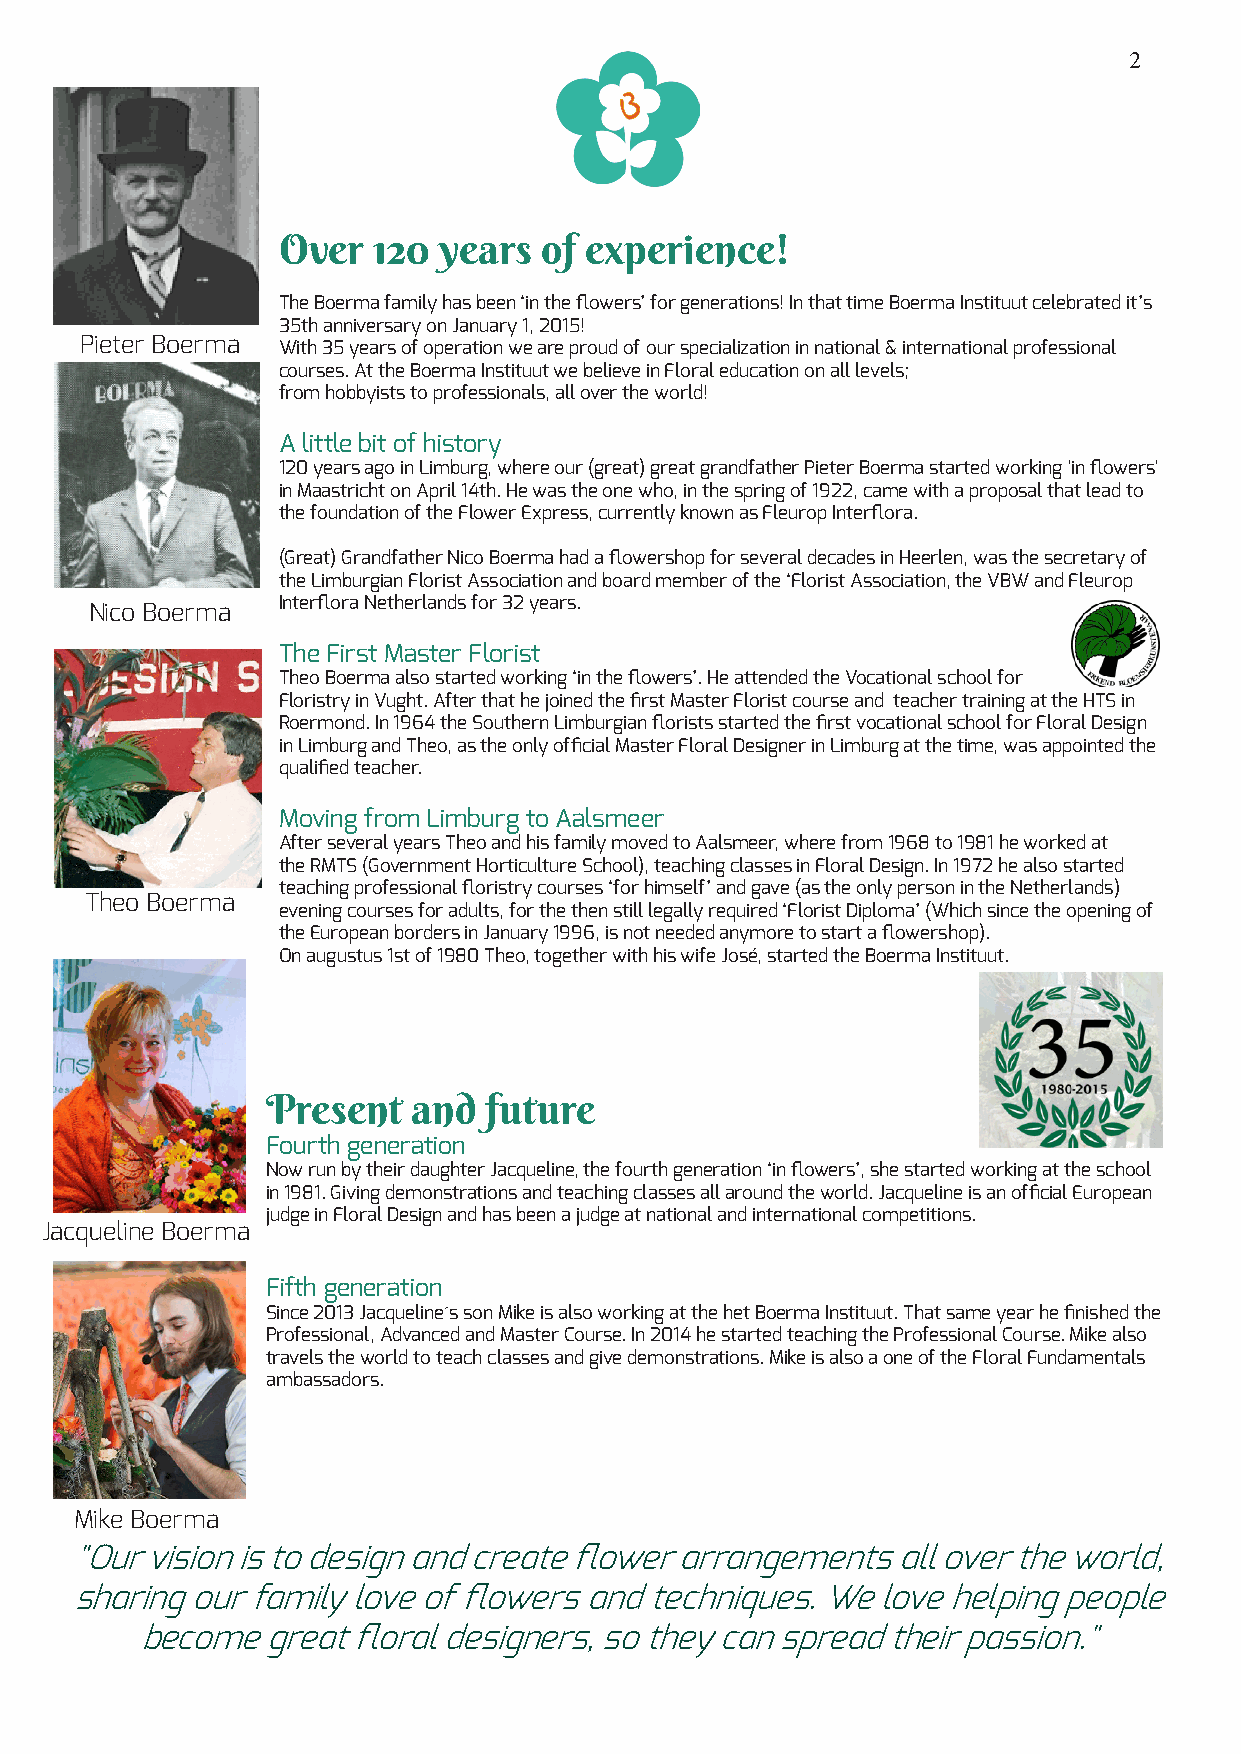
2
 Over   120 years  of experience!
 The Boerma family has been ‘in the flowers’ for generations! In that time Boerma Instituut celebrated it’s
 35th anniversary on January 1, 2015!
 Pieter Boerma With 35 years of operation we are proud of our specialization in national & international professional
 courses. At the Boerma Instituut we believe in Floral education on all levels;
 from hobbyists to professionals, all over the world!
 A little bit of history
 120 years ago in Limburg, where our (great) great grandfather Pieter Boerma started working 'in flowers'
 in Maastricht on April 14th. He was the one who, in the spring of 1922, came with a proposal that lead to
 the foundation of the Flower Express, currently known as Fleurop Interflora.
 (Great) Grandfather Nico Boerma had a flowershop for several decades in Heerlen, was the secretary of
 the Limburgian Florist Association and board member of the ‘Florist Association, the VBW and Fleurop
 Interflora Netherlands for 32 years.
 Nico Boerma
 The First Master Florist
 Theo Boerma also started working ‘in the flowers’. He attended the Vocational school for
 Floristry in Vught. After that he joined the first Master Florist course and teacher training at the HTS in
 Roermond. In 1964 the Southern Limburgian florists started the first vocational school for Floral Design
 in Limburg and Theo, as the only official Master Floral Designer in Limburg at the time, was appointed the
 qualified teacher.
 Moving from Limburg to Aalsmeer
 After several years Theo and his family moved to Aalsmeer, where from 1968 to 1981 he worked at
 the RMTS (Government Horticulture School), teaching classes in Floral Design. In 1972 he also started
 teaching professional floristry courses ‘for himself’ and gave (as the only person in the Netherlands)
 Theo Boerma
 evening courses for adults, for the then still legally required ‘Florist Diploma’ (Which since the opening of
 the European borders in January 1996, is not needed anymore to start a flowershop).
 On augustus 1st of 1980 Theo, together with his wife José, started the Boerma Instituut.
 Present  and  future
 Fourth generation
 Now run by their daughter Jacqueline, the fourth generation ‘in flowers’, she started working at the school
 in 1981. Giving demonstrations and teaching classes all around the world. Jacqueline is an official European
 judge in Floral Design and has been a judge at national and international competitions.
 Jacqueline Boerma
 Fifth generation
 Since 2013 Jacqueline´s son Mike is also working at the het Boerma Instituut. That same year he finished the
 Professional, Advanced and Master Course. In 2014 he started teaching the Professional Course. Mike also
 travels the world to teach classes and give demonstrations. Mike is also a one of the Floral Fundamentals
 ambassadors.
 Mike Boerma
 "Our vision is to design and create flower arrangements all over the world,
 sharing our family love of flowers and techniques. We love helping people
 become   great floral designers, so they can spread their passion."